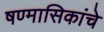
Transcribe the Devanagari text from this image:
षण्मासिकांचे